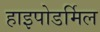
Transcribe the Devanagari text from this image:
हाइपोडर्मिल